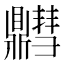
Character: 䵻